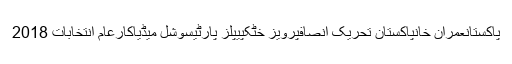
پاکستانعمران خانپاکستان تحریک انصافپرویز خٹکپیپلز پارٹیسوشل میڈیاکارعام انتخابات 2018